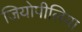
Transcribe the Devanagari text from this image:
जियोपीलिया